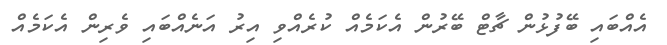
އެއްބައި ބޭފުޅުން ޗާޓް ބޭރުން އެކަމެއް ކުރެއްވި އިރު އަނެއްބައި ވެރިން އެކަމެއް